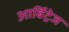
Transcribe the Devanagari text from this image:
आर्बिट्रेज